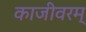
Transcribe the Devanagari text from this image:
काजीवरम्